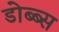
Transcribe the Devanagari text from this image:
डोब्ब्स